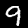
Label: 9